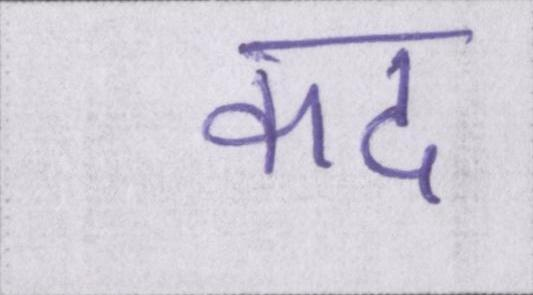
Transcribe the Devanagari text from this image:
कद